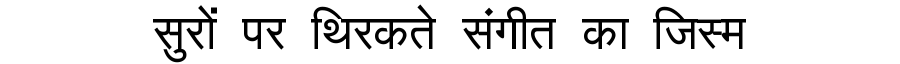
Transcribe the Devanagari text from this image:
सुरों पर थिरकते संगीत का जिस्म